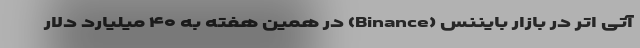
آتی اتر در بازار بایننس (Binance) در همین هفته به ۴۰ میلیارد دلار